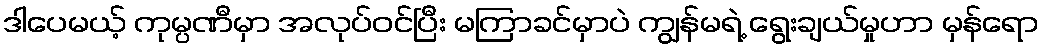
ဒါပေမယ့် ကုမ္ပဏီမှာ အလုပ်ဝင်ပြီး မကြာခင်မှာပဲ ကျွန်မရဲ့ ရွေးချယ်မှုဟာ မှန်ရော